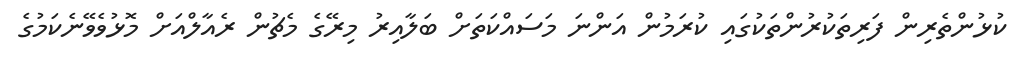
ކުޅުންތެރިން ފަރިތަކުރުންތަކުގައި ކުރަމުން އަންނަ މަސައްކަތަށް ބަލާއިރު މިރޭގެ މެޗުން ރެއާލްއަށް މޮޅުވެވޭނެކަމުގެ